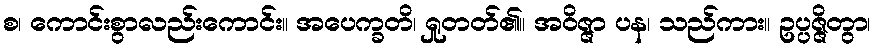
စ၊ ကောင်းစွာလည်းကောင်း။ အပေက္ခတိ၊ ရှုတတ်၏။ အဝိဇ္ဇာ ပန၊ သည်ကား။ ဥပ္ပဇ္ဇိတွာ၊